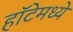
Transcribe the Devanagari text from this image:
हॉटेमध्ये